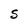
Character: S